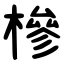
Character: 槮